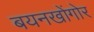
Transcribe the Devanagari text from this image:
बयनखोंगोर